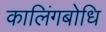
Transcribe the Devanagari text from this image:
कालिंगबोधि